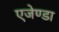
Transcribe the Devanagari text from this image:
एजेण्‍डा